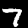
Label: 7